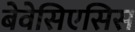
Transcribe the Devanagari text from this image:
बेवेसिएसिस